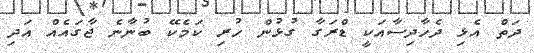
ދަތް އެޅި ދެހާދިސާއަކީ ޑްރަގާ ގުޅުން ހުރި ކަމެކޭ ބުނާނެ ޖާގައެއް އަދި